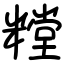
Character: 糛